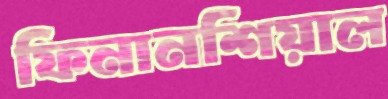
ফিনানশিয়াল